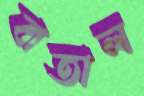
বাতাল